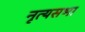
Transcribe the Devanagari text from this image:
नृत्यसभा